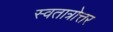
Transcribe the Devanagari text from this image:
स्वतात्रोत्तर